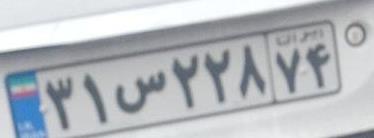
۳۱س۲۲۸۷۴